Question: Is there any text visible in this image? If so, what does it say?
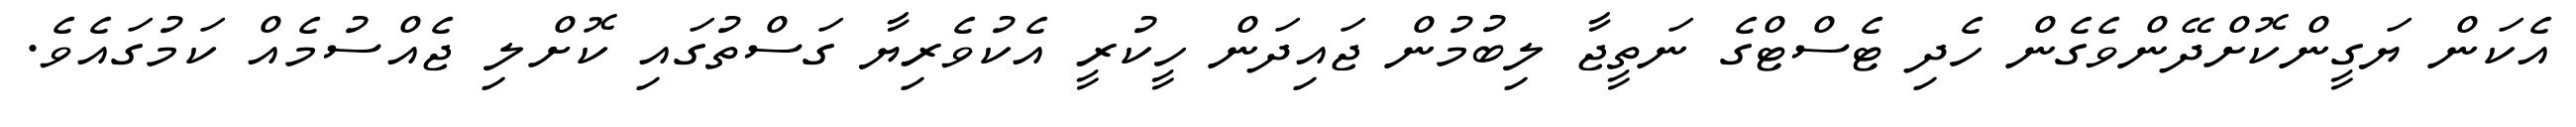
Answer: އެކަން ޔަގީންކޮށްދޭންވެގެން ހެދި ޓެސްޓްގެ ނަތީޖާ ލިބުމުން ޖައިދަން ހީކުރީ އެކުވެރިޔާ ގަސްތުގައި ކޮށްލި ޖެއްސުމެއް ކަމުގައެވެ.